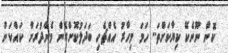
ކޮން ނޫނެކޭ ކިޔާކަށްތަ.. ހަމަ މިހާރު އެއްޗެހި ބަދަލުކޮށްގެން މެންދުރަށް ކައްކަން